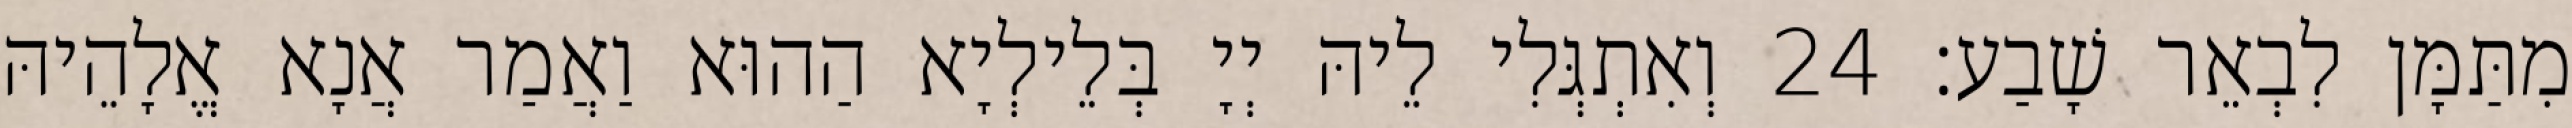
מִתַּמָּן לִבְאֵר שָׁבַע׃ 24 וְאִתְגְּלִי לֵיהּ יְיָ בְּלֵילְיָא הַהוּא וַאֲמַר אֲנָא אֱלָהֵיהּ